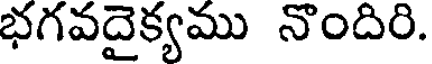
భగవదైక్యము నొందిరి.